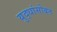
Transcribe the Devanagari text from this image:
युद्धांसोबत